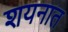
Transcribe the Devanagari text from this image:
शयनात